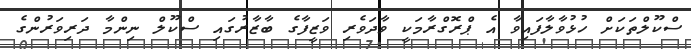
ސްކޫލްތަކަށް ހުޅުވާލާފައިވާ އެ ޕްރޮގްރާމަކީ ވާދަވެރި ވަޒީފާގެ ބާޒާރުގައި ސްކޫލް ނިންމާ ދަރިވަރުންގެ